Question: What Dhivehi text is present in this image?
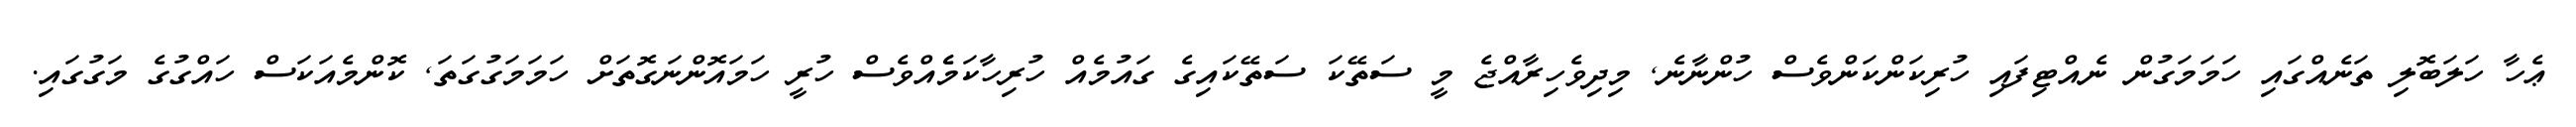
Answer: ޢެހާ ހަލަބޮލި ތަނެއްގައި ހަމަމަގުން ނެއްޓިފައި ހުރިކަންކަންވެސް ހުންނާނެ, މިދިވެހިރާއްޖެ މީ ސަތޭކަ ސަތޭކައިގެ ގައުމެއް ހުރިހާކަމެެއްވެސް ހުރީ ހަމައޮންނަގޮތަށް ހަމަމަގުގަތަ, ކޮންމެއަކަސް ހައްގުގެ މަގުގައި.